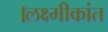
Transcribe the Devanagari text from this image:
।लक्ष्मीकांत